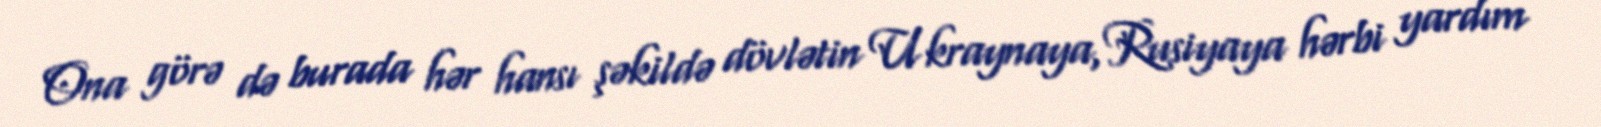
Ona görə də burada hər hansı şəkildə dövlətin Ukraynaya, Rusiyaya hərbi yardım